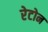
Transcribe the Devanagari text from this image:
रेटोन